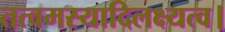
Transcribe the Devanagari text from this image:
तत्वमस्यादिलक्ष्यत्व।